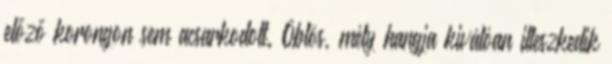
előző korongon sem acsarkodott. Öblös, mély hangja kiválóan illeszkedik